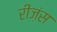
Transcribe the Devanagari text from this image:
रीज़ंस